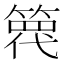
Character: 𥱢